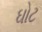
ઘોટ